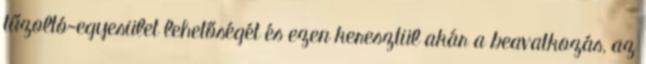
tűzoltó-egyesület lehetőségét és ezen keresztül akár a beavatkozás, az